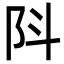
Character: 阧